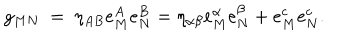
LaTeX: g _ { M N } ~ = ~ \eta _ { A B } e _ { M } ^ { A } e _ { N } ^ { B } = \eta _ { \alpha \beta } e _ { M } ^ { \alpha } e _ { N } ^ { \beta } + e _ { M } ^ { c } e _ { N } ^ { c } .